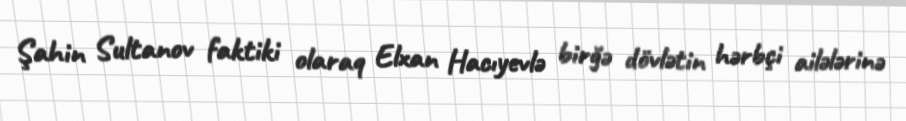
Şahin Sultanov faktiki olaraq Elxan Hacıyevlə birğə dövlətin hərbçi ailələrinə